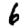
Digit: 6